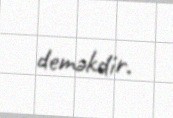
deməkdir.